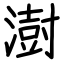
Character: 澍